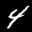
Label: 4